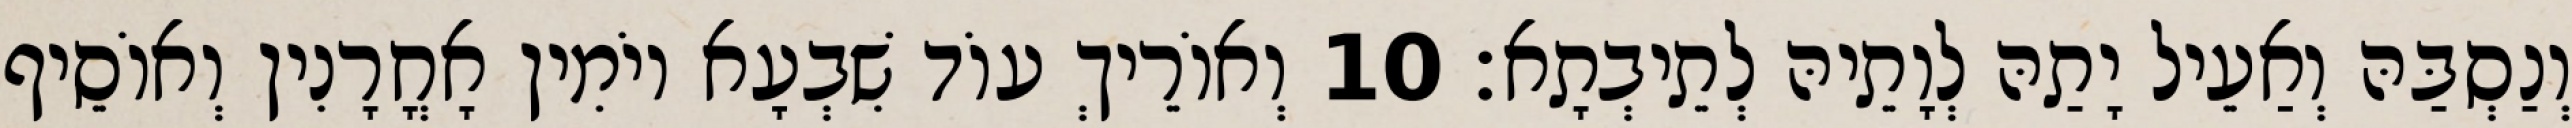
וְנַסְבַּהּ וְאַעֵיל יָתַהּ לְוָתֵיהּ לְתֵיבְתָא׃ 10 וְאוֹרֵיךְ עוֹד שִׁבְעָא יוֹמִין אָחֳרָנִין וְאוֹסֵיף